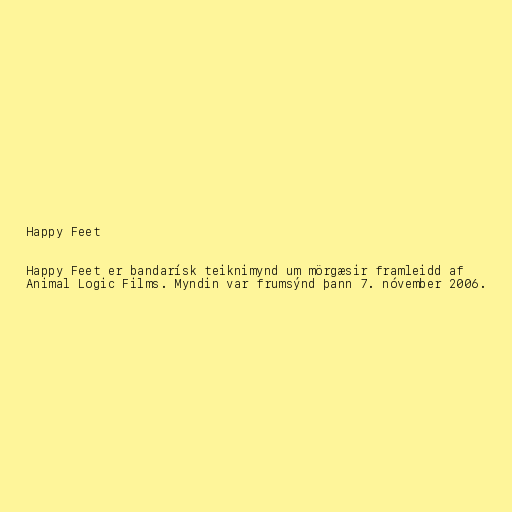
Happy Feet

Happy Feet er bandarísk teiknimynd um mörgæsir framleidd af
Animal Logic Films. Myndin var frumsýnd þann 7. nóvember 2006.